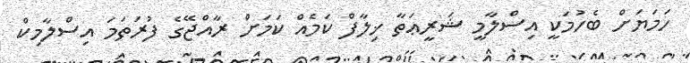
ހަމަޔަށް ބެހުމަކީ އިސްލާމީ ޝަރީޢަތާ ޚިލާފް ކަމެއް ކަމަށް ރާއްޖޭގެ ފުރަތަމަ އިސްލާމިކް